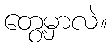
တွေ့မှာလဲ။